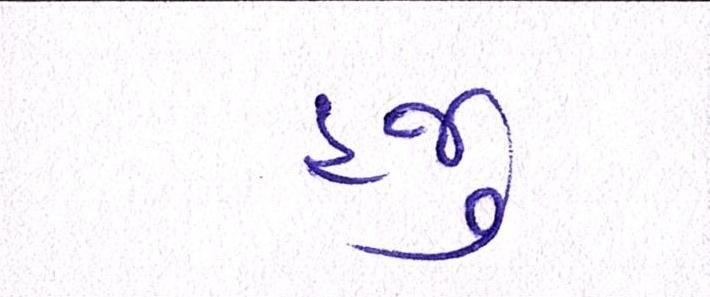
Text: હજુ